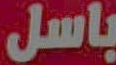
باسل